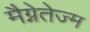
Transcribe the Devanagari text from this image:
मैग्नेतेज्म